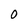
Character: O